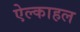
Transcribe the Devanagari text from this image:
ऐल्काहल